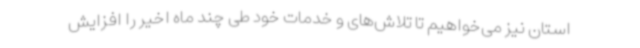
استان نیز می‌خواهیم تا تلاش‌های و خدمات خود طی چند ماه اخیر را افزایش